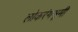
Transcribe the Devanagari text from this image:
लोकरंगभूमी